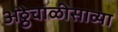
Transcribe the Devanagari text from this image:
अठ्ठेचाळीसाव्या